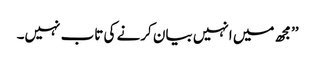
’’مجھ میں انہیں بیان کرنے کی تاب نہیں۔